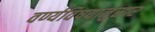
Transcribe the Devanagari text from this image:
वर्ण्यविषयानुसार